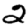
Digit: 2